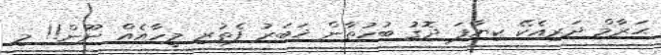
ޙަރާމް ދަރިއެކޭ ކިޔާފަ ދޮގު ބުހުތާން ޚަބަރު ފެތުރި މީހާއެއް ނޫން!! މި